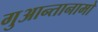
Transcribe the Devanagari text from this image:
गुआन्तानामो